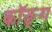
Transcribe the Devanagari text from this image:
कॉङ्‌ग